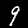
Label: 9